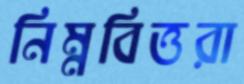
নিম্নবিত্তরা